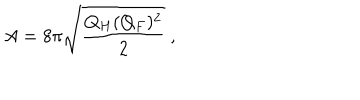
A = 8 \pi \sqrt { \frac { Q _ { H } ( Q _ { F } ) ^ { 2 } } { 2 } } \ ,